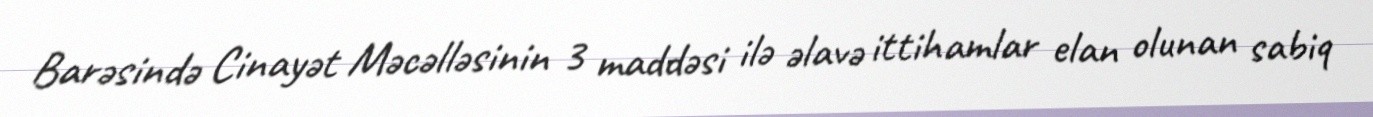
Barəsində Cinayət Məcəlləsinin 3 maddəsi ilə əlavə ittihamlar elan olunan sabiq